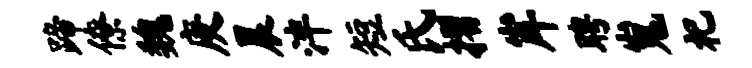
蹄僚魏庚晨泮短氏摺岸聘嵬祀